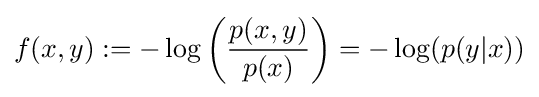
\displaystyle f(x,y):=-\log \left({\frac {p(x,y)}{p(x)}}\right)=-\log(p(y|x))